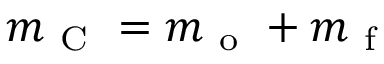
m _ { \mathrm { ~ C ~ } } = m _ { \mathrm { ~ o ~ } } + m _ { \mathrm { ~ f ~ } }